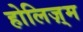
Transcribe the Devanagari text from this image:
होलिज़्म